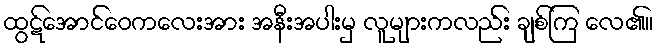
ထွဋ်အောင်ဝေကလေးအား အနီးအပါးမှ လူများကလည်း ချစ်ကြ လေ၏။